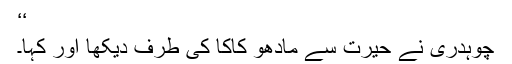
‘‘
چوہدری نے حیرت سے مادھو کاکا کی طرف دیکھا اور کہا۔